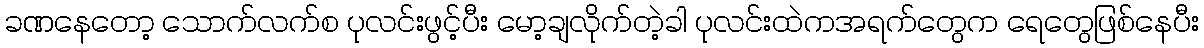
ခဏနေတော့ သောက်လက်စ ပုလင်းဖွင့်ပီး မော့ချလိုက်တဲ့ခါ ပုလင်းထဲကအရက်တွေက ရေတွေဖြစ်နေပီး